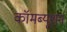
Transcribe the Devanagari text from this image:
कॉमब्यूशन